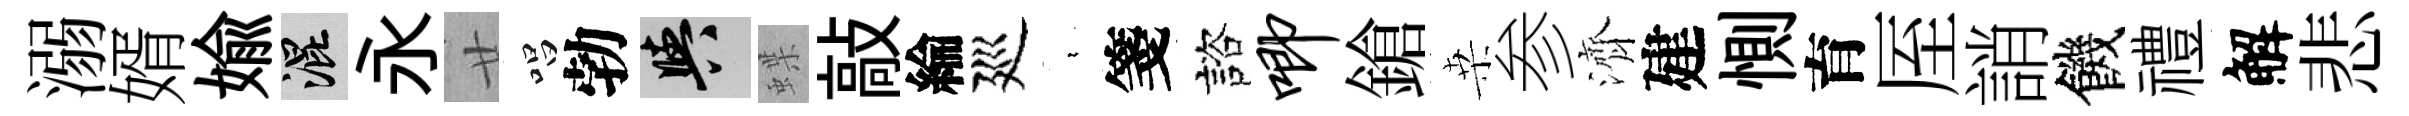
溺婿媮混永廿唱勃阳蝶敲綸廵裊箋諮唧鎗桒参濟建惻育厔誚饑禮解悲